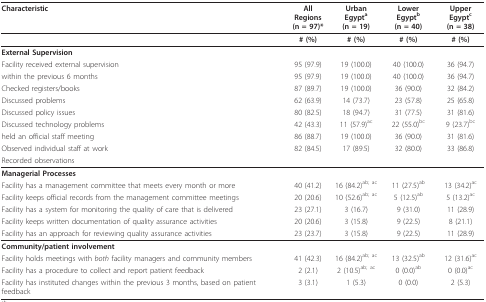
<table><thead><tr><td><b>Characteristic</b></td><td><b>All Regions(n = 97)*</b></td><td><b>Urban Egypt<sup>a </sup>(n = 19)</b></td><td><b>Lower Egypt<sup>b </sup>(n = 40)</b></td><td><b>Upper Egypt<sup>c </sup>(n = 38)</b></td></tr></thead><tbody><tr><td></td><td><b># (%)</b></td><td><b># (%)</b></td><td><b># (%)</b></td><td><b># (%)</b></td></tr><tr><td><b>External Supervision</b></td><td></td><td></td><td></td><td></td></tr><tr><td>Facility received external supervision</td><td>95 (97.9)</td><td>19 (100.0)</td><td>40 (100.0)</td><td>36 (94.7)</td></tr><tr><td>within the previous 6 months</td><td>95 (97.9)</td><td>19 (100.0)</td><td>40 (100.0)</td><td>36 (94.7)</td></tr><tr><td>Checked registers/books</td><td>87 (89.7)</td><td>19 (100.0)</td><td>36 (90.0)</td><td>32 (84.2)</td></tr><tr><td>Discussed problems</td><td>62 (63.9)</td><td>14 (73.7)</td><td>23 (57.8)</td><td>25 (65.8)</td></tr><tr><td>Discussed policy issues</td><td>80 (82.5)</td><td>18 (94.7)</td><td>31 (77.5)</td><td>31 (81.6)</td></tr><tr><td>Discussed technology problems</td><td>42 (43.3)</td><td>11 (57.9)<sup>ac</sup></td><td>22 (55.0)<sup>bc</sup></td><td>9 (23.7)<sup>bc</sup></td></tr><tr><td>held an official staff meeting</td><td>86 (88.7)</td><td>19 (100.0)</td><td>36 (90.0)</td><td>31 (81.6)</td></tr><tr><td>Observed individual staff at work</td><td>82 (84.5)</td><td>17 (89.5)</td><td>32 (80.0)</td><td>33 (86.8)</td></tr><tr><td>Recorded observations</td><td></td><td></td><td></td><td></td></tr><tr><td><b>Managerial Processes</b></td><td></td><td></td><td></td><td></td></tr><tr><td>Facility has a management committee that meets every month or more</td><td>40 (41.2)</td><td>16 (84.2)<sup>ab; ac</sup></td><td>11 (27.5)<sup>ab</sup></td><td>13 (34.2)<sup>ac</sup></td></tr><tr><td>Facility keeps official records from the management committee meetings</td><td>20 (20.6)</td><td>10 (52.6)<sup>ab; ac</sup></td><td>5 (12.5)<sup>ab</sup></td><td>5 (13.2)<sup>ac</sup></td></tr><tr><td>Facility has a system for monitoring the quality of care that is delivered</td><td>23 (27.1)</td><td>3 (16.7)</td><td>9 (31.0)</td><td>11 (28.9)</td></tr><tr><td>Facility keeps written documentation of quality assurance activities</td><td>20 (20.6)</td><td>3 (15.8)</td><td>9 (22.5)</td><td>8 (21.1)</td></tr><tr><td>Facility has an approach for reviewing quality assurance activities</td><td>23 (23.7)</td><td>3 (15.8)</td><td>9 (22.5)</td><td>11 (28.9)</td></tr><tr><td><b>Community/patient involvement</b></td><td></td><td></td><td></td><td></td></tr><tr><td>Facility holds meetings with <i>both </i>facility managers and community members</td><td>41 (42.3)</td><td>16 (84.2)<sup>ab; ac</sup></td><td>13 (32.5)<sup>ab</sup></td><td>12 (31.6)<sup>ac</sup></td></tr><tr><td>Facility has a procedure to collect and report patient feedback</td><td>2 (2.1)</td><td>2 (10.5)<sup>ab; ac</sup></td><td>0 (0.0)<sup>ab</sup></td><td>0 (0.0)<sup>ac</sup></td></tr><tr><td>Facility has instituted changes within the previous 3 months, based on patient feedback</td><td>3 (3.1)</td><td>1 (5.3)</td><td>0 (0.0)</td><td>2 (5.3)</td></tr></tbody></table>